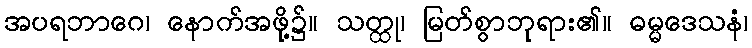
အပရဘာဂေ၊ နောက်အဖို့၌။ သတ္ထု၊ မြတ်စွာဘုရား၏။ ဓမ္မဒေသနံ၊